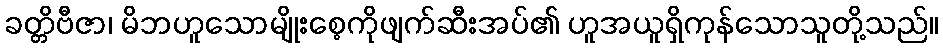
ခတ္တိဗီဇာ၊ မိဘဟူသောမျိုးစေ့ကိုဖျက်ဆီးအပ်၏ ဟူအယူရှိကုန်သောသူတို့သည်။